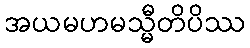
အယမဟမသ္မီတိပိဿ